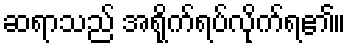
ဆရာသည် အရိုက်ရပ်လိုက်ရ၏။